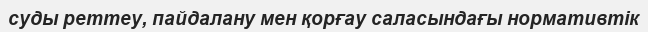
суды реттеу, пайдалану мен қорғау саласындағы нормативтік